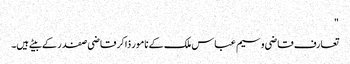
"
تعارف قاضی وسیم عباس ملک کے نامور ذاکر قاضی صفدر کے بیٹے ہیں۔